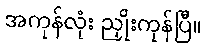
အကုန်လုံး ညှိုးကုန်ပြီ။